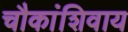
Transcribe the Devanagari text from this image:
चौकांशिवाय